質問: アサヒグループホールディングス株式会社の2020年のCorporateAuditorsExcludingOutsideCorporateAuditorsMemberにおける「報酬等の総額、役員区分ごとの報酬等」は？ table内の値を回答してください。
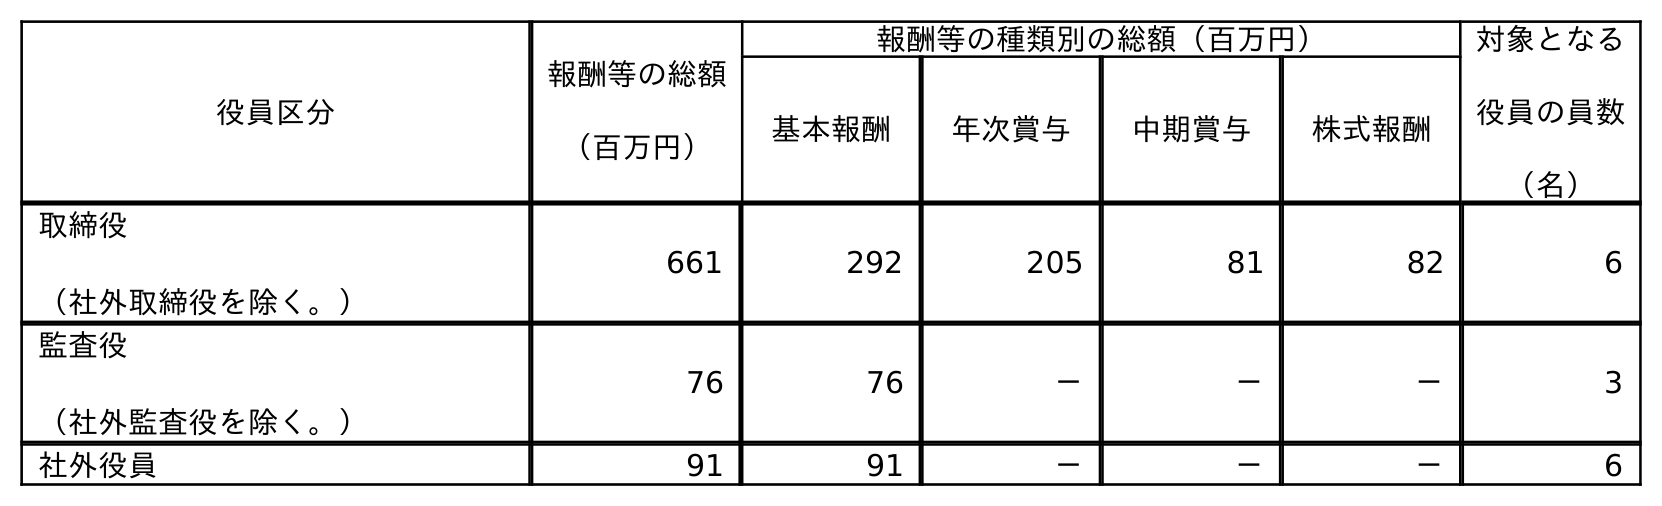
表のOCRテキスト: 役員区分 報酬等の総額 （百万円） 報酬等の種類別の総額（百万円） 対象となる 役員の員数 （名） 基本報酬 年次賞与 中期賞与 株式報酬 取締役 （社外取締役を除く。） 661 292 205 81 82 6 監査役 （社外監査役を除く。） 76 76 － － － 3 社外役員 91 91 － － － 6
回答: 76